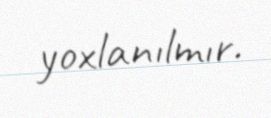
yoxlanılmır.